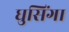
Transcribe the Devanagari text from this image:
घुसिंगा